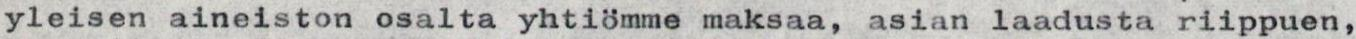
yleisen aineiston osalta yhtiömme maksaa, asian laadusta riippuen,